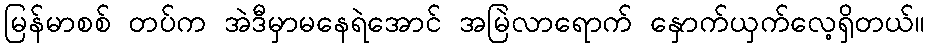
မြန်မာစစ် တပ်က အဲဒီမှာမနေရဲအောင် အမြဲလာရောက် နှောက်ယှက်လေ့ရှိတယ်။